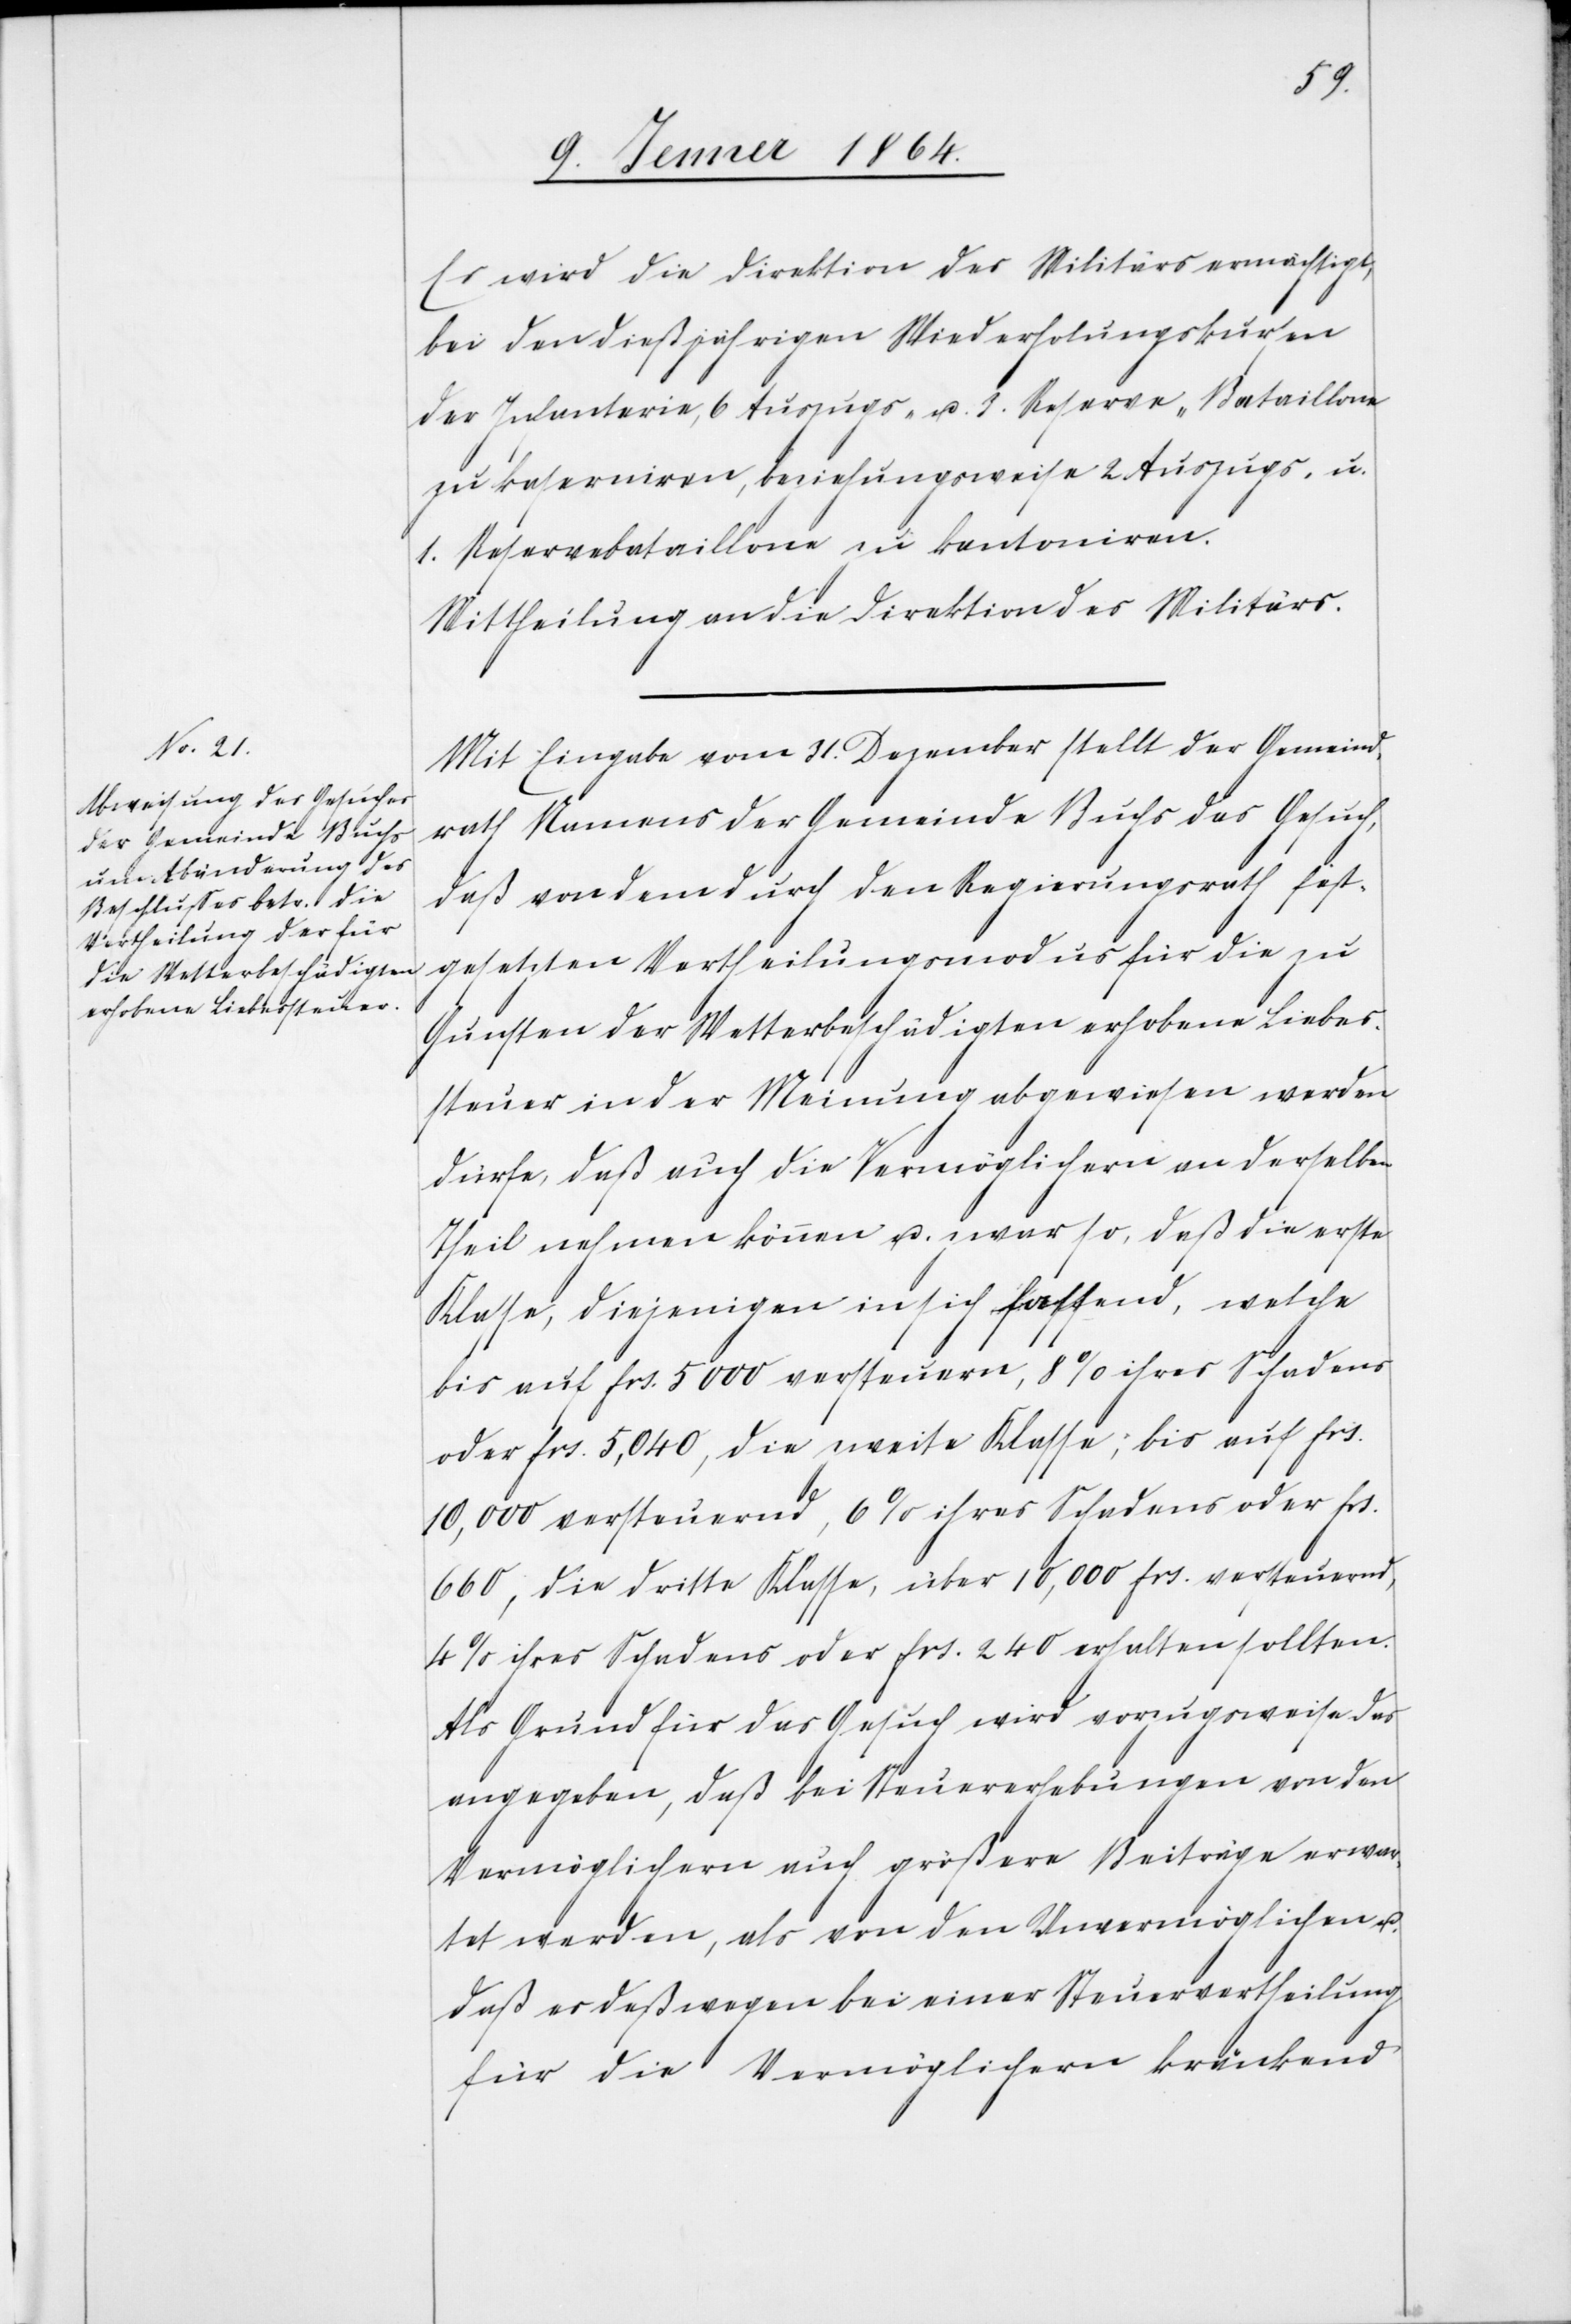
Es wird die Direktion des Militärs ermächtigt,
bei den dießjährigen Wiederholungskursen
der Infanterie, 6 Auszugs- u. 3. Reserve-Batallione
zu kaserniren, beziehungsweise 2 Auszugs- u.
1. Reservebataillone zu kantoniren.
Mittheilung an die Direktion des Militärs.
gesetzten
Mit Eingabe vom 31. Dezember stellt der Gemeind¬
rath Namens der Gemeinde Buchs das Gesuch,
daß von dem durch den Regierungsrath fest¬
Vertheilungsmodus für
Gunsten der Wetterbeschädigten erhobene Liebes¬
steuer in der Meinung abgewiesen werden
dürfe, daß auch die Vermöglichern an derselben
Theil nehmen können u. zwar so, daß die erste
Klasse, diejenigen in sich fassend, welche
bis auf frs. 5000 versteuern, 8% ihres Schadens
oder frs. 5,040, die zweite Klasse; bis auf frs.
10,000 versteuernd, 6% ihres Schadens oder frs.
660, die dritte Klasse, über 10,000 frs. versteuernd,
4% ihres Schadens oder frs. 240 erhalten sollten.
Als Grund für das Gesuch wird vorzugsweise das
angegeben, daß bei Steuererhebungen von den
Vermöglichern auch größere Beiträge erwar¬
tet werden, als von den Unvermöglichen u.
daß es deßwegen bei einer Steuervertheilung
für die Vermöglichern kränkend